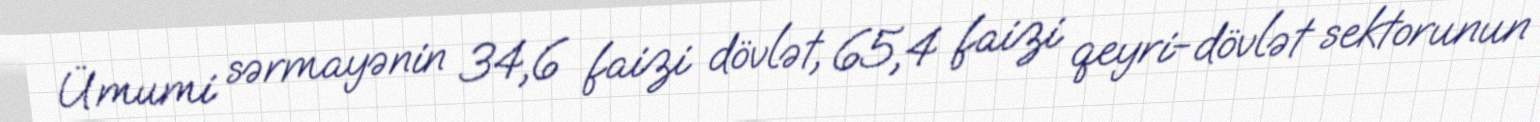
Ümumi sərmayənin 34,6 faizi dövlət, 65,4 faizi qeyri-dövlət sektorunun